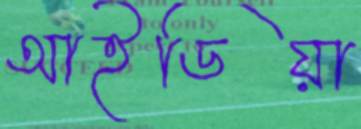
আইডিয়া